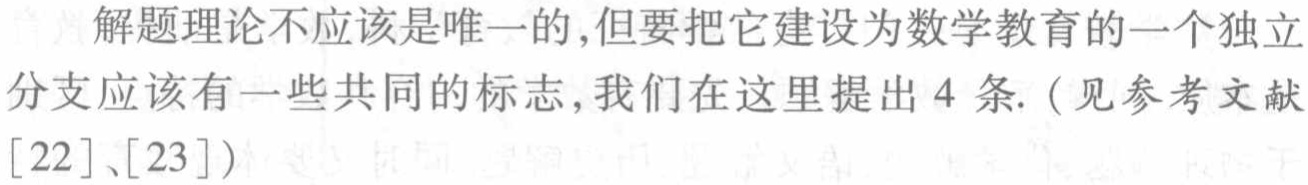
解题理论不应该是唯一的,但要把它建设为数学教育的一个独立分支应该有一些共同的标志,我们在这里提出 4 条. (见参考文献$[22]$、$[23]$)